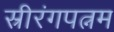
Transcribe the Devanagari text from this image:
स्रीरंगपत्नम